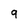
Character: 9